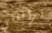
ترافقني